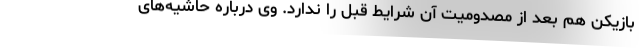
بازیکن هم بعد از مصدومیت آن شرایط قبل را ندارد. وی درباره حاشیه‌های